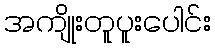
အကျိုးတူပူးပေါင်း